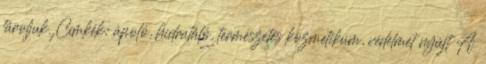
tároljuk. Címkék: ápoló, hidratáló, természetes kozmetikum, védelmet nyújt A